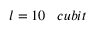
l = 1 0 \; \; \; c u b i t